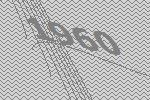
1960